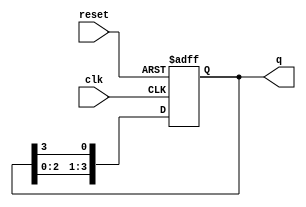
module ring_counter (
    input wire clk,        // Clock signal
    input wire reset,      // Asynchronous reset signal
    output reg [3:0] q     // 4-bit output representing the state of the counter
);

    // Initial state for the ring counter
    initial begin
        q = 4'b1000; // Initialize to 1000
    end

    // Always block for synchronous operation
    always @(posedge clk or posedge reset) begin
        if (reset) begin
            q <= 4'b1000; // Reset to initial state
        end else begin
            // Shift the '1' through the ring counter
            q <= {q[2:0], q[3]}; // Shift left and feed back the last bit
        end
    end

endmodule